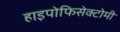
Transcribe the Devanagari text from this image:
हाइपोफिसेक्टोमी